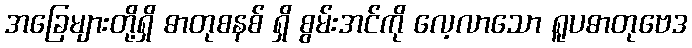
အခြေများတို့ရှိ ဓာတုစနစ် ရှိ စွမ်းအင်ကို လေ့လာသော ရူပဓာတုဗေဒ